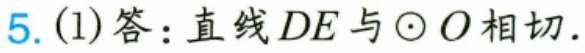
5. (1)答：直线\(DE\)与\(\odot O\)相切.